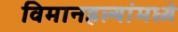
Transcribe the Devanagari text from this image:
विमानहल्यांमध्ये